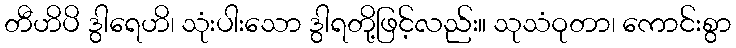
တီဟိပိ ဒွါရေဟိ၊ သုံးပါးသော ဒွါရတို့ဖြင့်လည်း။ သုသံဝုတာ၊ ကောင်းစွာ